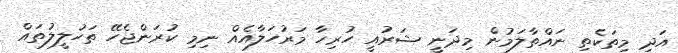
އަދި މިތަކެތި ނައްތާލަމުން މިދަނީ ޝަރުއީ ހުރިހާ މަރުހަލާއެއް ނިމި ކުރަންޖެހޭ ތަހުލީލުތައް